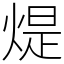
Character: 煶